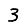
Digit: 3